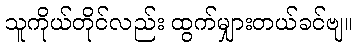
သူကိုယ်တိုင်လည်း ထွက်မျှားတယ်ခင်ဗျ။